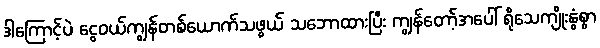
ဒါကြောင့်ပဲ ငွေဝယ်ကျွန်တစ်ယောက်သဖွယ် သဘောထားပြီး ကျွန်တော့်အပေါ် ရိုသေကျိုးနွံစွာ